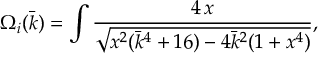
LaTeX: \Omega _ { i } ( \bar { k } ) = \int \frac { 4 \, \d x } { \sqrt { x ^ { 2 } ( \bar { k } ^ { 4 } + 1 6 ) - 4 \bar { k } ^ { 2 } ( 1 + x ^ { 4 } ) } } ,